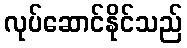
လုပ်ဆောင်နိုင်သည်